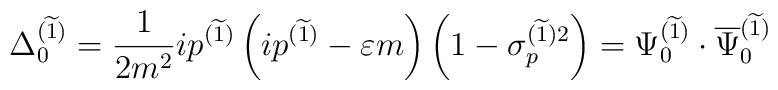
\Delta _0^{(\widetilde{1})}=\frac1{2m^2}ip^{(\widetilde{1})}\left( ip^{(\widetilde{1})}-\varepsilon m\right) \left( 1-\sigma_p^{(\widetilde{1} )2}\right) =\Psi _0^{(\widetilde{1})}\cdot\overline{\Psi }_0^{(\widetilde{1} )}